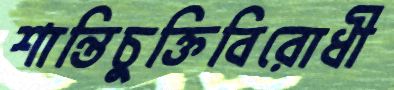
শান্তিচুক্তিবিরোধী